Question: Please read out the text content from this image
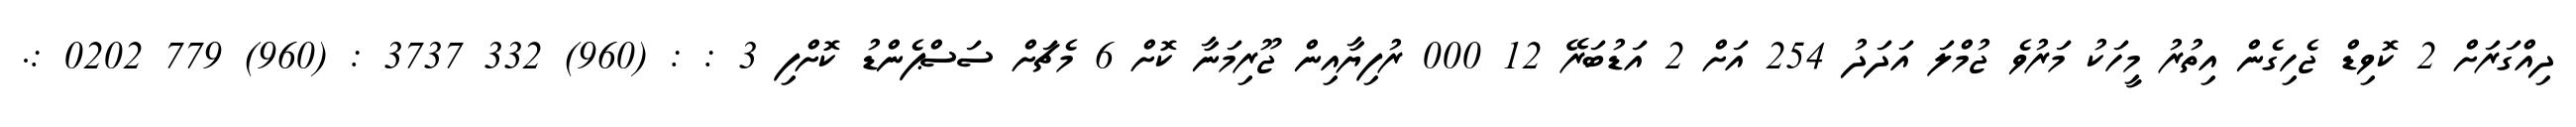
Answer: ދިއްގަރަށް 2 ކޮވިޑް ޖެހިގެން އިތުރު މީހަކު މަރުވެ ޖުމްލަ އަދަދު 254 އަށް 2 އަޑުބަރޭ 12 000 ރުފިޔާއިން ޖޫރިމަނާ ކޮށް 6 މެޗަށް ސަސްޕެންޑު ކޮށްފި 3 : : (960) 332 3737 : (960) 779 0202 :.